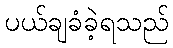
ပယ်ချခံခဲ့ရသည်